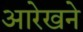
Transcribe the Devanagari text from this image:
आरेखने